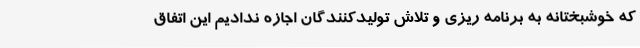
که خوشبختانه به برنامه ریزی و تلاش تولیدکنندگان اجازه ندادیم این اتفاق